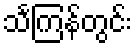
သင်္ကြန်တွင်း